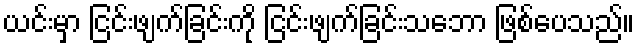
ယင်းမှာ ငြင်းဖျက်ခြင်းကို ငြင်းဖျက်ခြင်းသဘော ဖြစ်ပေသည်။